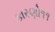
કારણો૧૧